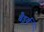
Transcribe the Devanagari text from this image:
बैडूर्य